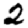
Digit: 2